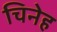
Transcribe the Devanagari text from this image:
चिनेह